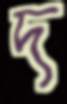
দ